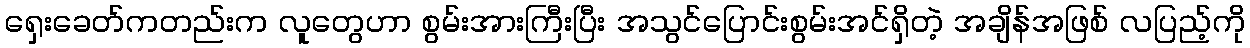
ရှေးခေတ်ကတည်းက လူတွေဟာ စွမ်းအားကြီးပြီး အသွင်ပြောင်းစွမ်းအင်ရှိတဲ့ အချိန်အဖြစ် လပြည့်ကို